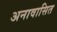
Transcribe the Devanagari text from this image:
अनावासित